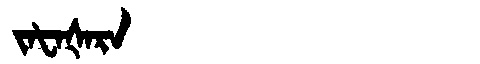
Manchu: ᠵᠠᡶᠠᡧᠠᡵᠠ
Romanization: JAFAŠARA